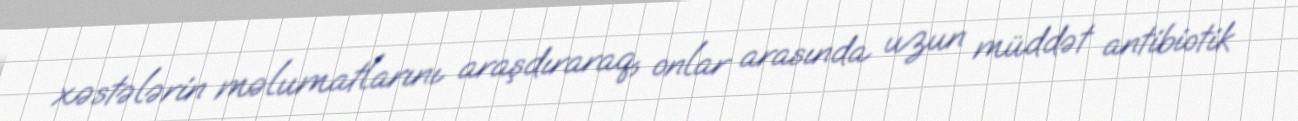
xəstələrin məlumatlarını araşdıraraq, onlar arasında uzun müddət antibiotik